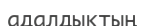
адалдықтың